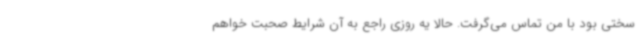
سختی بود با من تماس می‌گرفت. حالا یه روزی راجع به آن شرایط صحبت خواهم